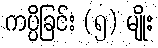
ကပ္ပိခြင်း (၅) မျိုး